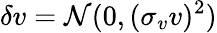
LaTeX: \delta v=\mathcal{N}(0,(\sigma_{v}v)^{2})